Vaccination in the Punjab 1919-1929 - 1919-1929
Year: 1919
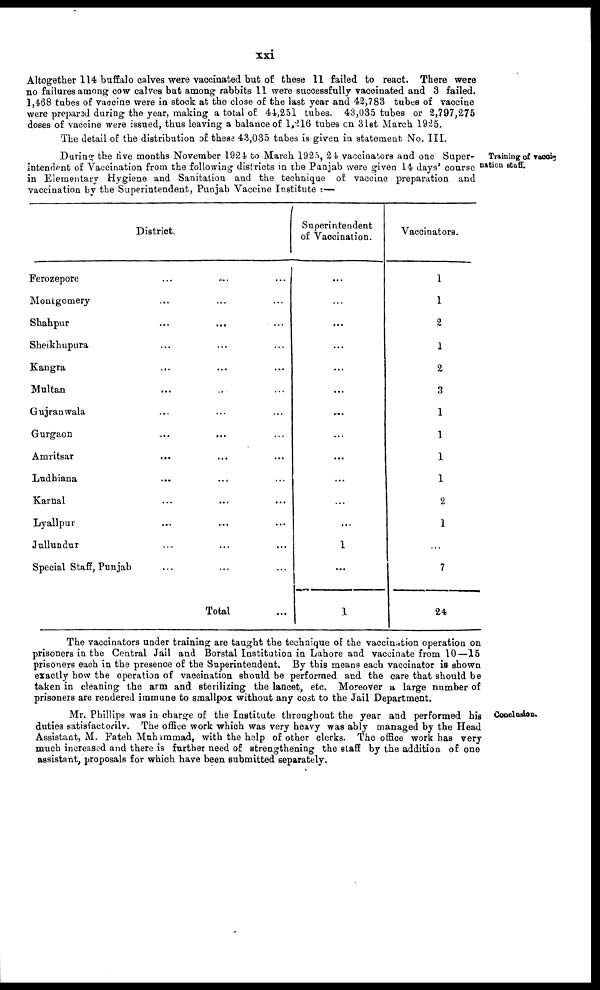
xxi
Altogether 114 buffalo calves were vaccinated but of these 11 failed to react. There were
no failures among cow calves but among rabbits 11 were successfully vaccinated and 3 failed.
1,468 tubes of vaccine were in stock at the close of the last year and 42,783 tubes of vaccine
were prepared during the year, making a total of 44,251 tubes. 43,035 tubes or 2,797,275
doses of vaccine were issued, thus leaving a balance of 1,216 tubes on 31st March 1925.
The detail of the distribution of these 43,035 tubes is given in statement No. III.
Training of vacci-
nation staff.
During the five months November 1924 to March 1925, 24 vaccinators and one Super-
intendent of Vaccination from the following districts in the Panjab were given 14 days' course
in Elementary Hygiene and Sanitation and the technique of vaccine preparation and
vaccination by the Superintendent, Punjab Vaccine Institute :—
District.
Ferozepore ... ... ...
Montgomery ... ... ...
Shahpur ... ... ...
Sheikhupura ... ... ...
Kangra ... ... ...
Multan ... ... ...
Gujranwala ... ... ...
Gurgaon ... ... ...
Amritsar ... ... ...
Ludhiana ... ... ...
Karnal ... ... ...
Lyallpur ... ... ...
Jullundur ... ... ...
Special Staff, Punjab ... ... ...
Total ...
Superintendent
of Vaccination.
...
...
...
...
...
...
...
...
...
...
...
...
1
...
1
Vaccinators.
1
1
2
1
2
3
1
1
1
1
2
1
...
7
24.
The vaccinators under training are taught the technique of the vaccination operation on
prisoners in the Central Jail and Borstal Institution in Lahore and vaccinate from 10—15
prisoners each in the presence of the Superintendent. By this means each vaccinator is shown
exactly how the operation of vaccination should be performed and the care that should be
taken in cleaning the arm and sterilizing the lancet, etc. Moreover a large number of
prisoners are rendered immune to smallpox without any cost to the Jail Department.
Conclusion.
Mr. Phillips was in charge of the Institute throughout the year and performed his
duties satisfactorily. The office work which was very heavy was ably managed by the Head
Assistant, M. Fateh Muhammad, with the help of other clerks. The office work has very
much increased and there is further need of strengthening the staff by the addition of one
assistant, proposals for which have been submitted separately.